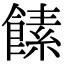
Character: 𩝥